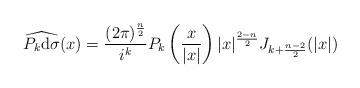
LaTeX: \begin{align*}\widehat{P_k\mathrm{d}\sigma}(x)=\frac{(2\pi)^{\frac{n}{2}}}{i^k}P_k\left(\frac{x}{|x|}\right)|x|^{\frac{2-n}{2}}J_{k+\frac{n-2}{2}}(|x|)\end{align*}